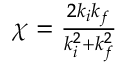
\begin{array} { r } { \chi = \frac { 2 k _ { i } k _ { f } } { k _ { i } ^ { 2 } + k _ { f } ^ { 2 } } } \end{array}